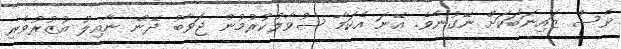
ވެސް ޒައިނަބަކަށް ނޭގުނެވެ. އޭނަ އެކަމާ ސުވާލުކުރުމުން ޖަވާބު ދޭން ނާއިލު އުޒުރުވެރި